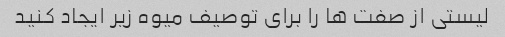
لیستی از صفت ها را برای توصیف میوه زیر ایجاد کنید